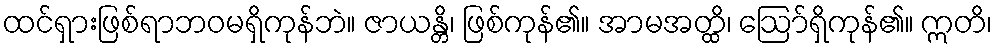
ထင်ရှားဖြစ်ရာဘဝမရှိကုန်ဘဲ။ ဇာယန္တိ၊ ဖြစ်ကုန်၏။ အာမအတ္ထိ၊ ဩော်ရှိကုန်၏။ ဣတိ၊